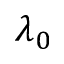
\lambda _ { 0 }